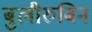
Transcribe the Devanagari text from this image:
बुलीरुबिन